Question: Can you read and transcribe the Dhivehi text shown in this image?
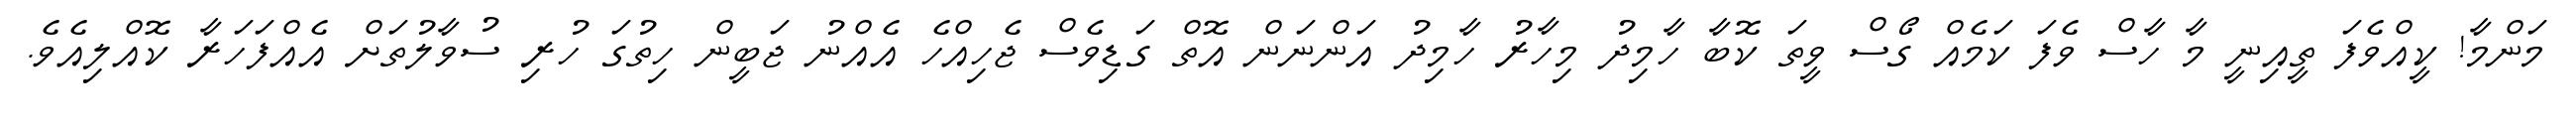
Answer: މަންމާ! ކީއްވެފަ ތީއިނީ މާ ހާސް ވެފަ ކަމެއް ގޯސް ވީތަ ކޮބާ ހާމިދު މިހާރު ހާމިދު އަންނަން އޮތް ގަޑިވެސް ޖެހިއްހެ އެއްނު ޖަބީން ހިތުގަ ހުރި ސުވާލުތަށް އެއްފަހަރާ ކޮއްލިއެވެ.